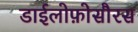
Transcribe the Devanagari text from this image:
डाईलोफ़ोसौरस